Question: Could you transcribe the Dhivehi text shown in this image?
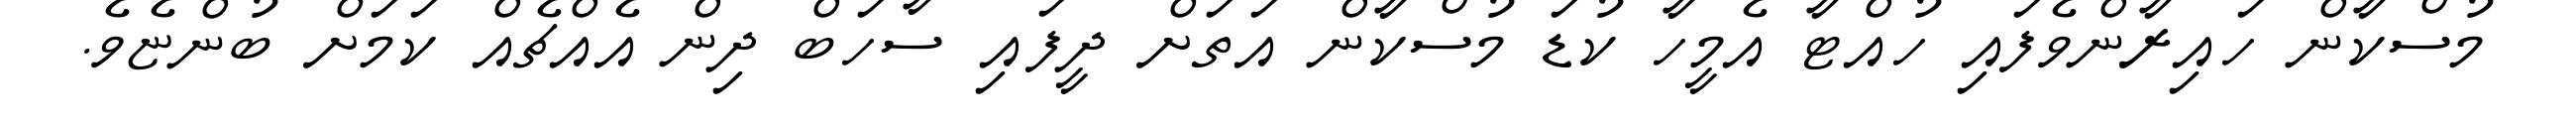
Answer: މުސްކާން ހައިރާންވެފައި ހުއްޓާ އެމީހާ ކުޑަ މުސްކާން އަތަށް ދީފައި ސާހަބް ދިން އެއްޗެއް ކަމަށް ބުންޏެވެ.